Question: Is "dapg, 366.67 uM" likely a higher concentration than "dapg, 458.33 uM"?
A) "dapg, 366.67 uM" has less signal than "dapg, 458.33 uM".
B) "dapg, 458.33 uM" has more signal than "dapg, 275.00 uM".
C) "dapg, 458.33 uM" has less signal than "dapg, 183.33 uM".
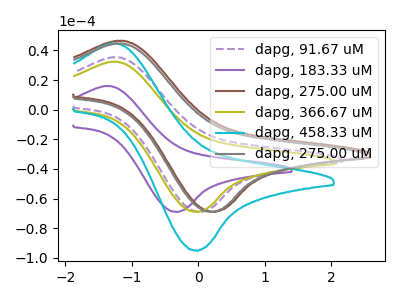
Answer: <think>The purple dashed curve "dapg, 91.67 uM" has an anodic peak at (-1.25V, 35.30uA) and a cathodic peak at (0.00V, -69.00uA). The purple curve "dapg, 183.33 uM" has an anodic peak at (-1.40V, 15.90uA) and a cathodic peak at (-0.35V, -69.00uA). The brown curve "dapg, 275.00 uM" has an anodic peak at (-1.20V, 46.40uA) and a cathodic peak at (0.25V, -69.00uA). The olive curve "dapg, 366.67 uM" has an anodic peak at (-1.30V, 32.30uA) and a cathodic peak at (-0.05V, -69.00uA). The cyan curve "dapg, 458.33 uM" has an anodic peak at (-1.30V, 44.55uA) and a cathodic peak at (-0.05V, -95.20uA). The gray curve "dapg, 275.00 uM" has an anodic peak at (-1.20V, 44.60uA) and a cathodic peak at (0.20V, -69.00uA).
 All the peaks in "dapg, 366.67 uM" have a peak in "dapg, 458.33 uM" at the same potential. Every peak in "dapg, 366.67 uM" is lower than every peak in "dapg, 458.33 uM".</think>
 <answer>A) "dapg, 366.67 uM" has less signal than "dapg, 458.33 uM".</answer>
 <eval>A</eval>